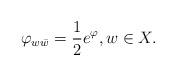
LaTeX: \begin{align*} \varphi_{w\bar{w}}=\frac{1}{2}e^{\varphi},w\in X.\end{align*}